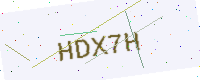
Text: HDX7H